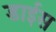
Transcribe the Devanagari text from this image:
डाईस